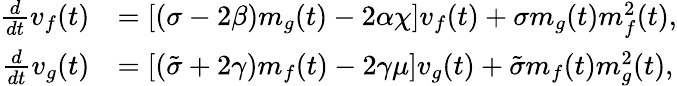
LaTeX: \begin{array}{rl}{\frac{d}{dt}v_{f}(t)}&{=[(\sigma-2\beta)m_{g}(t)-2\alpha\chi]v_{f}(t)+\sigma m_{g}(t)m_{f}^{2}(t),}\\ {\frac{d}{dt}v_{g}(t)}&{=[(\tilde{\sigma}+2\gamma)m_{f}(t)-2\gamma\mu]v_{g}(t)+\tilde{\sigma}m_{f}(t)m_{g}^{2}(t),}\end{array}